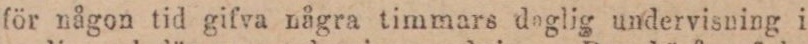
för någon tid gifva några timmars daglig undervisning i